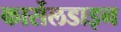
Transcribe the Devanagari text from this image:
कार्सेलडाइन